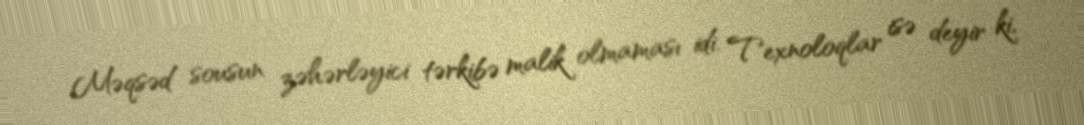
Məqsəd sousun zəhərləyici tərkibə malik olmaması idi. Texnoloqlar isə deyir ki,